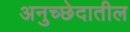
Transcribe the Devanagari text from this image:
अनुच्छेदातील